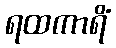
ရထကာရိံ